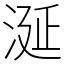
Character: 涎